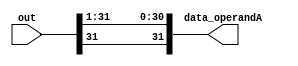
module sra_1(out, data_operandA);

    output [31:0] data_operandA;
    input [31:0] out;
    
    assign data_operandA[0] = out[1];
    assign data_operandA[1] = out[2];
    assign data_operandA[2] = out[3];
    assign data_operandA[3] = out[4];
    assign data_operandA[4] = out[5];
    assign data_operandA[5] = out[6];
    assign data_operandA[6] = out[7];
    assign data_operandA[7] = out[8];
    assign data_operandA[8] = out[9];
    assign data_operandA[9] = out[10];
    assign data_operandA[10] = out[11];
    assign data_operandA[11] = out[12];
    assign data_operandA[12] = out[13];
    assign data_operandA[13] = out[14];
    assign data_operandA[14] = out[15];
    assign data_operandA[15] = out[16];
    assign data_operandA[16] = out[17];
    assign data_operandA[17] = out[18];
    assign data_operandA[18] = out[19];
    assign data_operandA[19] = out[20];
    assign data_operandA[20] = out[21];
    assign data_operandA[21] = out[22];
    assign data_operandA[22] = out[23];
    assign data_operandA[23] = out[24];
    assign data_operandA[24] = out[25];
    assign data_operandA[25] = out[26];
    assign data_operandA[26] = out[27];
    assign data_operandA[27] = out[28];
    assign data_operandA[28] = out[29];
    assign data_operandA[29] = out[30];
    assign data_operandA[30] = out[31];
    assign data_operandA[31] = out[31]; 

endmodule